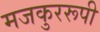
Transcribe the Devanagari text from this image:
मजकुररूपी